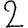
Digit: 2